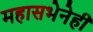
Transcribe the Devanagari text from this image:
महासभेनेही